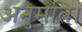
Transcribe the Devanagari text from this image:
अनुमति।